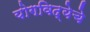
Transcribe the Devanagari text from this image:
योगविद्येचे